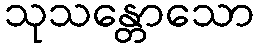
သုသန္တောသော